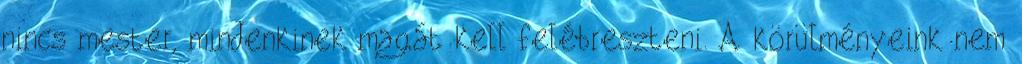
nincs mester, mindenkinek magát kell felébreszteni. A körülményeink nem